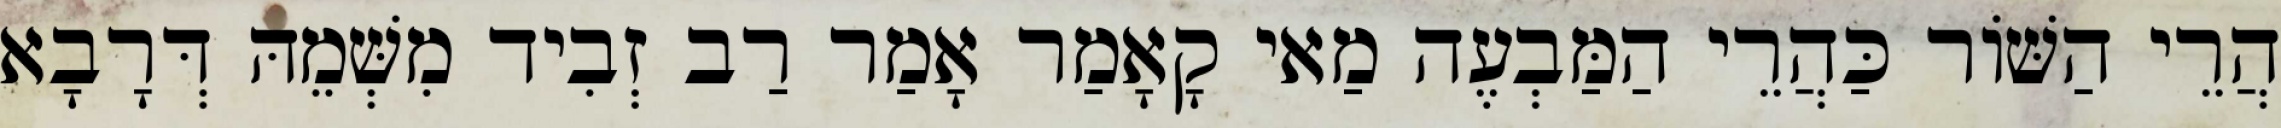
הֲרֵי הַשּׁוֹר כַּהֲרֵי הַמַּבְעֶה מַאי קָאָמַר אָמַר רַב זְבִיד מִשְּׁמֵהּ דְּרָבָא